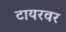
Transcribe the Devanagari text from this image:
टायरवर